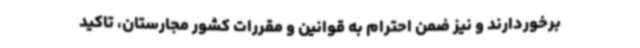
برخوردارند و نیز ضمن احترام به قوانین و مقررات کشور مجارستان، تاکید